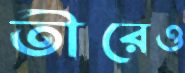
তীরেও